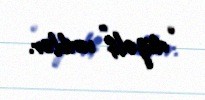
“düzəliş” veriblər.